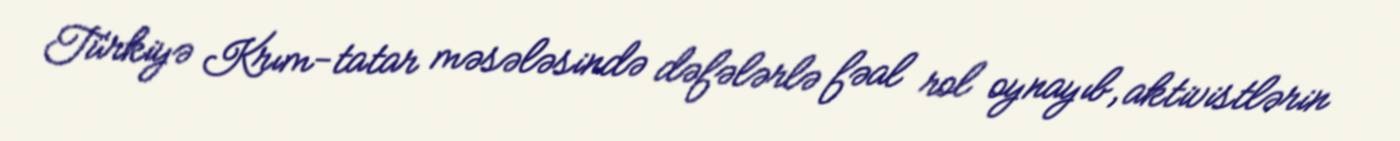
Türkiyə Krım-tatar məsələsində dəfələrlə fəal rol oynayıb, aktivistlərin